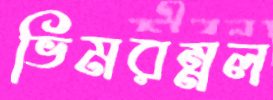
ভিমরম্নল